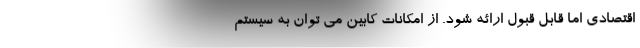
اقتصادی اما قابل قبول ارائه شود. از امکانات کابین می توان به سیستم